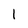
Character: l